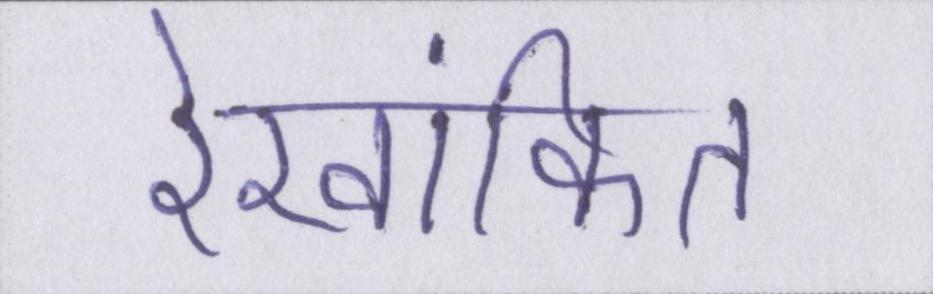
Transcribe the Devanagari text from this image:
रेखांकित